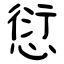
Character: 愆